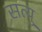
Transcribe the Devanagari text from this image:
सत्यु